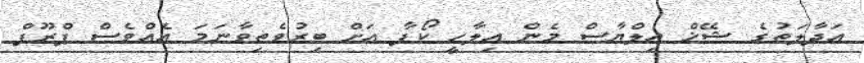
އަދާލަތުގެ ޝޭޚް އިލްޔާސް މެން އިލާހީ ކޯފާ އަށް ބިރުވެތިވާނަމަ އެއްވެސް ޕްރޫފް